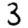
Digit: 3